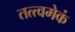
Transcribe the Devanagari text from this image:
तत्त्वमेकं